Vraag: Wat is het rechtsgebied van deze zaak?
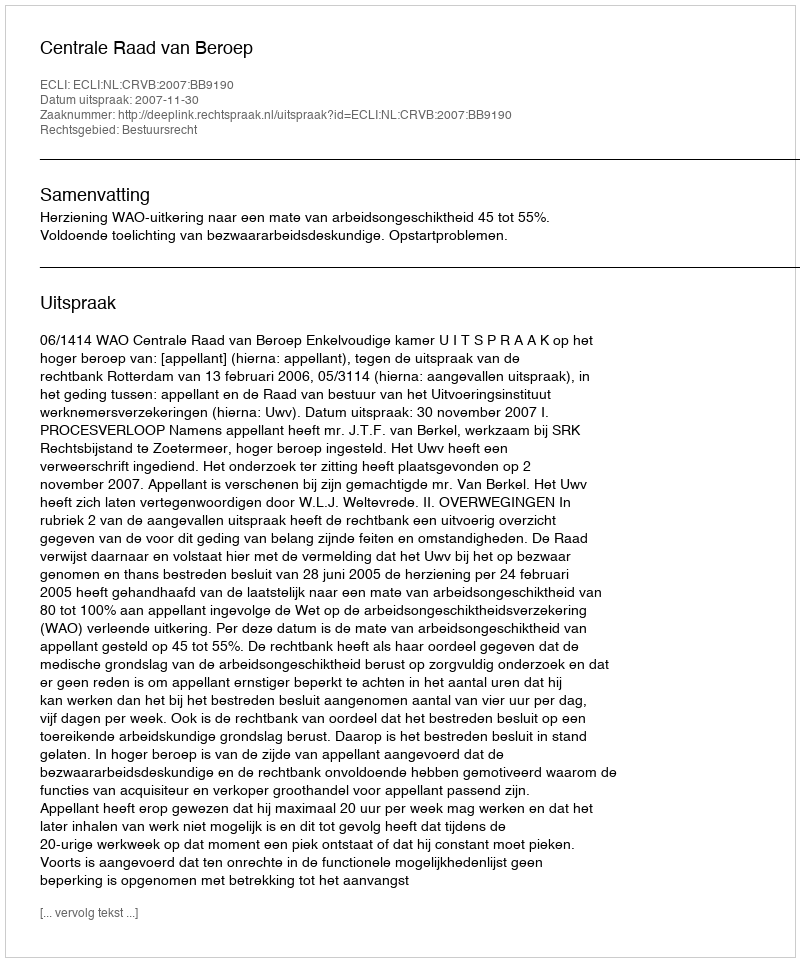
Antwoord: Bestuursrecht